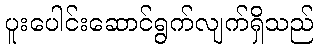
ပူးပေါင်းဆောင်ရွက်လျက်ရှိသည်